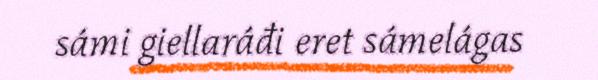
sámi giellaráđi eret sámelágas